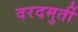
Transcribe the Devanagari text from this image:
वरदमुर्ती